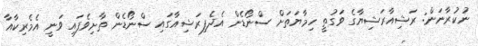
ނުކުރާނަން: ރަޝިއާރަޝިޔާގެ ވަގުތީ ހިމާޔަތަށް ސްނޯޑެން އެދެފިރަޝިއާގައި ސްނޯޑެން ތާށިވެފައި ވަނީ އެމެރިކާއާ